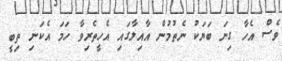
ވެސް އެހާ ގިނަ ބަޔަކު ނެތުމުން އާއިލާގައި އެހީތެރިވާ ހަމަ އެކަނި ތިބީ